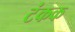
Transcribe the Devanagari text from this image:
टंकक